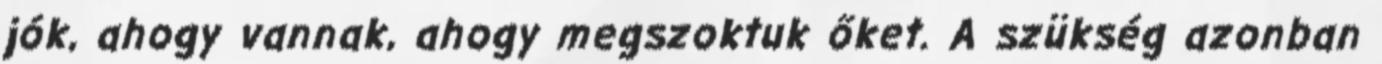
jók, ahogy vannak, ahogy megszoktuk őket. A szükség azonban